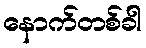
နောက်တစ်ခါ